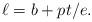
LaTeX: \begin{align*}\ell=b+pt/e.\end{align*}